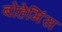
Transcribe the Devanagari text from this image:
बोहेमिंस